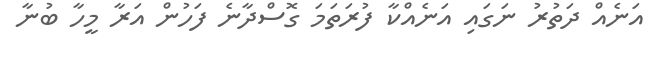
އަނެއް ދަތުރު ނަގައި އަނެއްކާ ފުރަތަމަ ގޮސްދާނެ ފަހުން އަރާ މީހާ ބުނާ